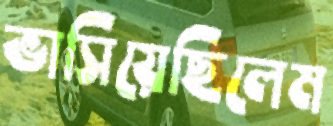
ভাসিয়েছিলেম